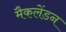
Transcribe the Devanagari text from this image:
मैकलेंडन